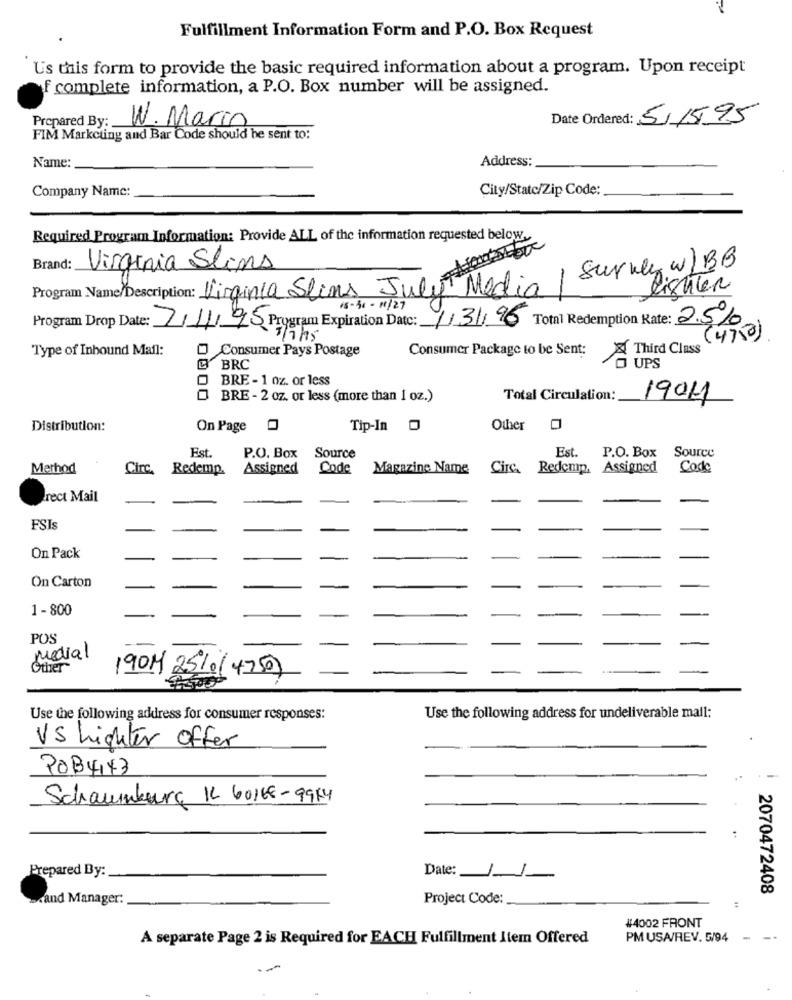
Fulfillment Information Form and P.O. Box Request
Us this form to provide the basic required information about a program. Upon receipt
f complete information, a P.O. Box number will be assigned.
Prepared By:
Date Ordered: 5/15/95
W. Marin
FIM Markcting and Bar Code should be sent to:
Name:
Address:
Company Name:
City/Statc/Zip Code:
Required Program Information: Provide ALL of the information requested below ..
Brand:
Virginia Slims
Program Name/Description: Virginia Slins July Media / Survey w/BB
lishler
18 - 30 - 11/27
Program Drop Date: 7/11/95 Program Expiration Date: 1/31/96 Total Redemption Rate: 2.510
7/7/15
(4750)
Type of Inbound Mail:
Consumer Pays Postage
Consumer Package to be Sent:
Third Class
BRC
UPS
BRE - 1 oz. or less
BRE - 2 oz. or less (more than 1 oz.)
Total Circulation:
1904
Distribution:
On Page
Tip-In 0
Other 0
Est
Est.
Source
P.O. Box
Source
P.O. Box
Method
Circ. Redemp.
Assigned
Code
Magazine Name Circ. Redemp. Assigned
Code
rect Mail
FSIs
On Pack
On Carton
1-800
POS
Medial
Other
190M 2510(4750)
Use the following address for consumer responses:
Use the following address for undeliverable mail:
VS Lighter offer
POB4143
Schaumburg IL 60168-9914
Prepared By:
Date:
2070472408
scand Manager:
Project Code:
#4002 FRONT
A separate Page 2 is Required for EACH Fulfillment Item Offered
PM USA/REV. 5/94
- --